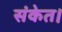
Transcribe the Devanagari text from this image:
संकेत।